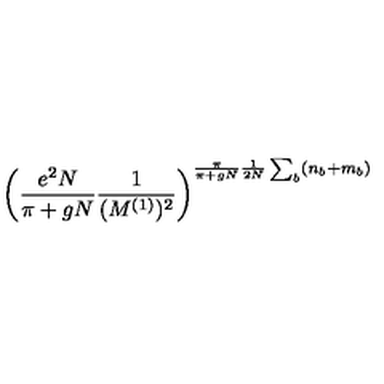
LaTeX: \left( \frac { e ^ { 2 } N } { \pi + g N } \frac { 1 } { ( M ^ { ( 1 ) } ) ^ { 2 } } \right) ^ { \frac { \pi } { \pi + g N } \frac { 1 } { 2 N } \sum _ { b } ( n _ { b } + m _ { b } ) }